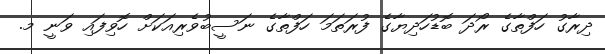
ދިރާގު ހަފްތާގެ ރޯދަ ބޮޑުހަދިޔާގެ ފުރަތަމަ ހަފްތާގެ ނަސީބުވެރިއަކަށް ހޮވިފައި ވަނީ މ.